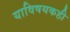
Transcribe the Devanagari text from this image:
याविषयकही